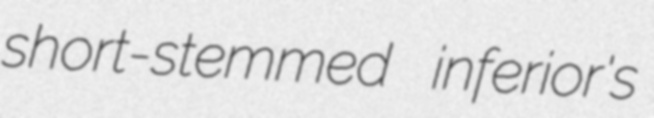
short-stemmed inferior's